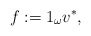
\begin{align*}f:=1_{\omega}v^{\ast} , \end{align*}